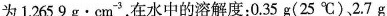
为1.2659g·cm^{-3}，在水中的溶解度:0.35g(25^{\circ}C)，2.7g